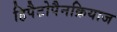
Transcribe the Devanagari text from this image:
हिपैटोपैनक्रियाज